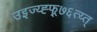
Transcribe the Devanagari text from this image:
उइज्य्ह्फ्र्७६त्य्त्